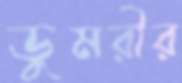
ডুমরীর